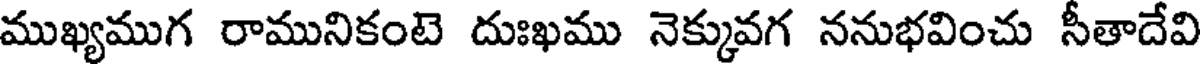
ముఖ్యముగ రామునికంటె దుఃఖము నెక్కువగ ననుభవించు సీతాదేవి